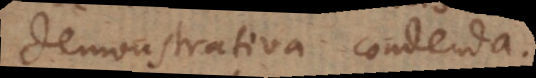
demonstrativa condenda